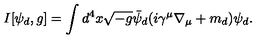
I [ \psi _ { d } , g ] = \int d ^ { 4 } x \sqrt { - g } \bar { \psi } _ { d } ( i \gamma ^ { \mu } \nabla _ { \mu } + m _ { d } ) \psi _ { d } .